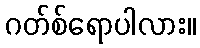
ဂတ်စ်ရောပါလား။